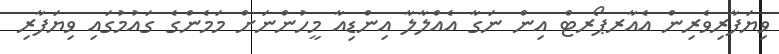
ވިޔަފާރިވެރިން އެއާރޕޯރޓް އިން ނަގާ އެއްލާލާ އިންޑިއާ މީހުންނަށް މަމެންގެ ގައުުމުގައި ވިޔަފާރި